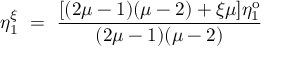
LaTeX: \eta _ { 1 } ^ { \xi } ~ = ~ \frac { [ ( 2 \mu - 1 ) ( \mu - 2 ) + \xi \mu ] \eta _ { 1 } ^ { \mathrm { o } } } { ( 2 \mu - 1 ) ( \mu - 2 ) }